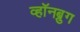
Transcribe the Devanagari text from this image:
व्हॉनब्रुग